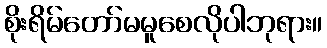
စိုးရိမ်တော်မမူစေလိုပါဘုရား။